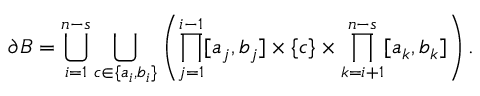
\partial B = \bigcup _ { i = 1 } ^ { n - s } \bigcup _ { c \in \{ a _ { i } , b _ { i } \} } \left( \prod _ { j = 1 } ^ { i - 1 } [ a _ { j } , b _ { j } ] \times \{ c \} \times \prod _ { k = i + 1 } ^ { n - s } [ a _ { k } , b _ { k } ] \right) .